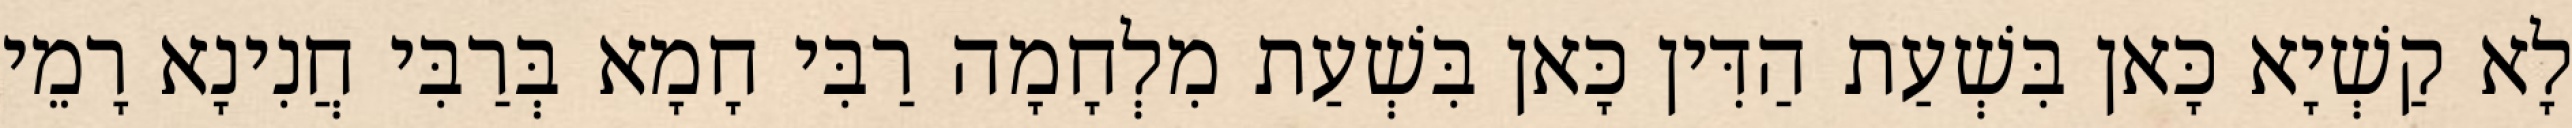
לָא קַשְׁיָא כָּאן בִּשְׁעַת הַדִּין כָּאן בִּשְׁעַת מִלְחָמָה רַבִּי חָמָא בְּרַבִּי חֲנִינָא רָמֵי